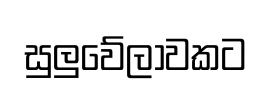
සුලුවේලාවකට